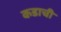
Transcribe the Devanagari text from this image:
कडाची